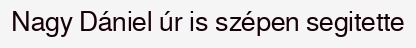
Nagy Dániel úr is szépen segitette